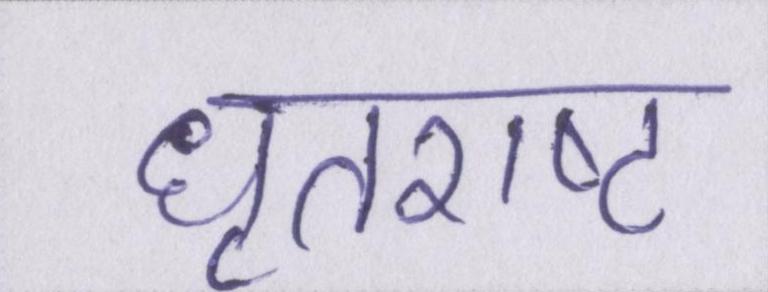
धृतराष्ट